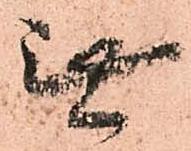
無